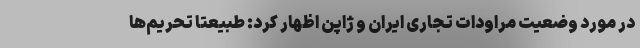
در مورد وضعیت مراودات تجاری ایران و ژاپن اظهار کرد: طبیعتا تحریم‌ها